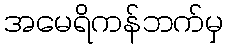
အမေရိကန်ဘက်မှ